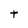
Character: t